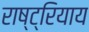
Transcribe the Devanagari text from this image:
राष्ट्रियाय